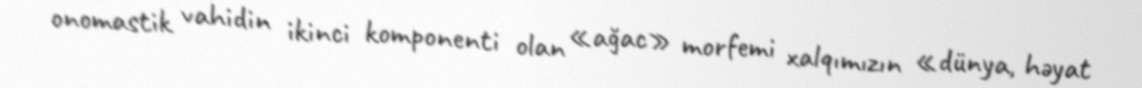
onomastik vahidin ikinci komponenti olan «ağac» morfemi xalqımızın «dünya, həyat